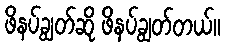
ဖိနပ်ချွတ်ဆို ဖိနပ်ချွတ်တယ်။